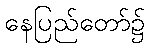
နေပြည်တော်၌